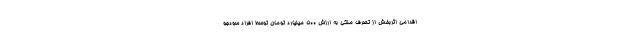
اقدامی اثربخش از تصرف ملکی به ارزش ۵۰۰ میلیارد تومان توسط افراد سودجو